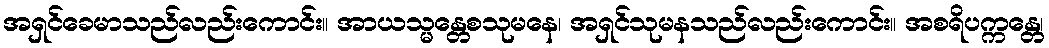
အရှင်ခေမာသည်လည်းကောင်း။ အာယသ္မန္တေစသုမနေ၊ အရှင်သုမနသည်လည်းကောင်း။ အစရိပက္ကန္တေ၊